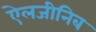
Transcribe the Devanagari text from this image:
ऐलजीनिब